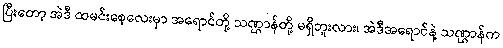
ပြီးတော့ အဲဒီ ထမင်းစေ့လေးမှာ အရောင်တို့ သဏ္ဌာန်တို့ မရှိဘူးလား၊ အဲဒီအရောင်နဲ့ သဏ္ဌာန်က